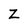
Character: Z